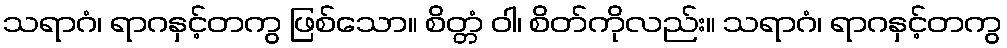
သရာဂံ၊ ရာဂနှင့်တကွ ဖြစ်သော။ စိတ္တံ ဝါ၊ စိတ်ကိုလည်း။ သရာဂံ၊ ရာဂနှင့်တကွ